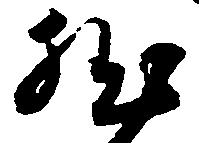
然